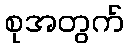
စုအတွက်